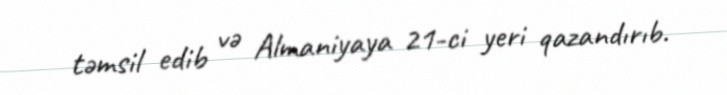
təmsil edib və Almaniyaya 21-ci yeri qazandırıb.